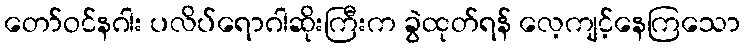
တော်ဝင်နဂါး ပလိပ်ရောဂါဆိုးကြီးက ခွဲထုတ်ရန် လေ့ကျင့်နေကြသော